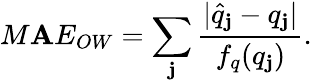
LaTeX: M\mathbf{A}E_{OW}=\sum_{\mathbf{j}}\frac{{|\hat{{q}}_{\mathbf{j}}-q_{\mathbf{j}}|}}{{f_{q}(q_{\mathbf{j}})}}.